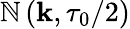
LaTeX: \mathbb{N}\left(\mathbf{{k}},\tau_{0}/2\right)